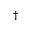
^ { \dag }